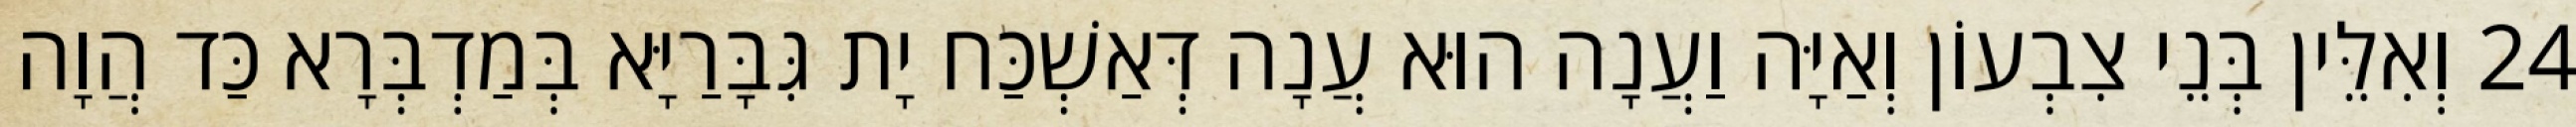
24 וְאִלֵּין בְּנֵי צִבְעוֹן וְאַיָּה וַעֲנָה הוּא עֲנָה דְּאַשְׁכַּח יָת גִּבָּרַיָּא בְּמַדְבְּרָא כַּד הֲוָה